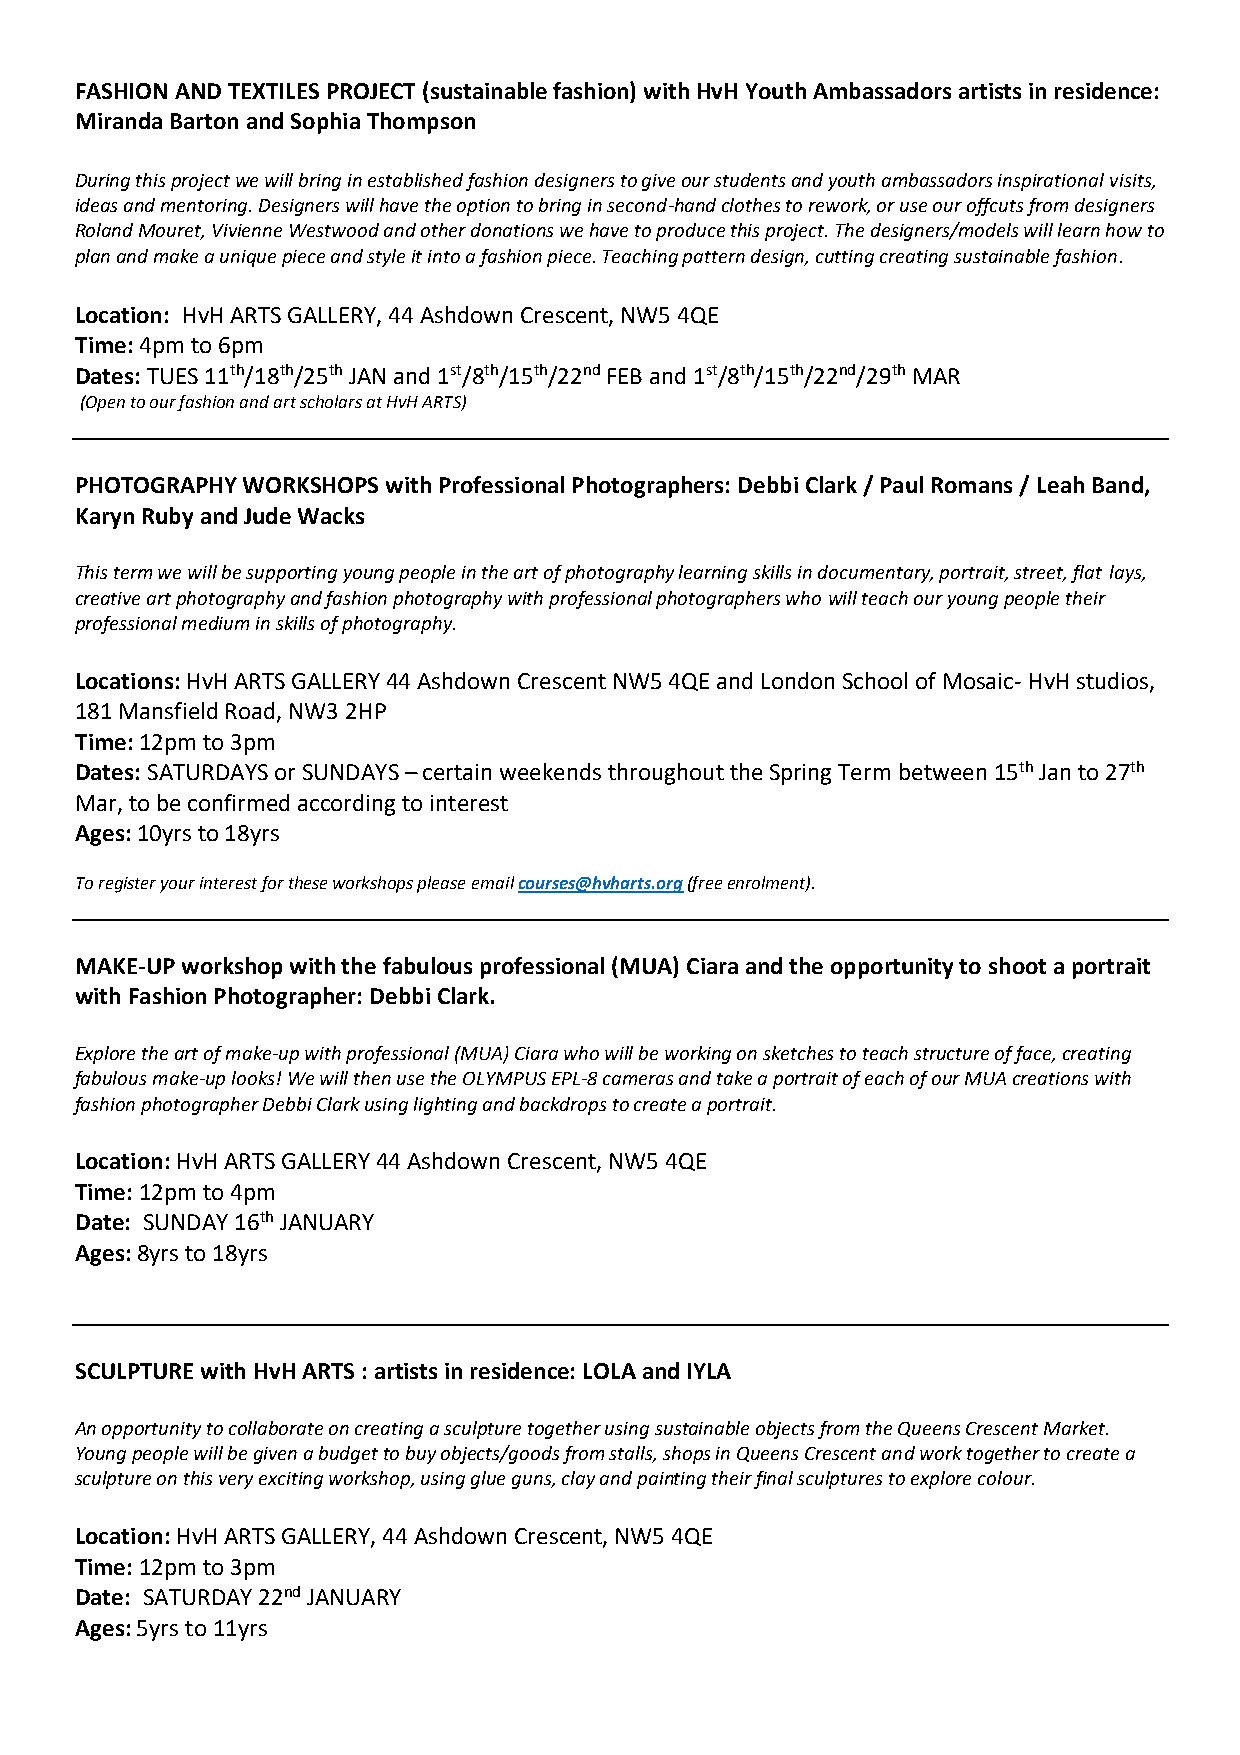
FASHION AND TEXTILES PROJECT (sustainable fashion) with HvH Youth Ambassadors artists in residence:
 Miranda Barton and Sophia Thompson
 During this project we will bring in established fashion designers to give our students and youth ambassadors inspirational visits,
 ideas and mentoring. Designers will have the option to bring in second-hand clothes to rework, or use our offcuts from designers
 Roland Mouret, Vivienne Westwood and other donations we have to produce this project. The designers/models will learn how to
 plan and make a unique piece and style it into a fashion piece. Teaching pattern design, cutting creating sustainable fashion.
 Location: HvH ARTS GALLERY, 44 Ashdown Crescent, NW5 4QE
 Time: 4pm to 6pm
 Dates: TUES 11th/18th/25th JAN and 1st/8th/15th/22nd FEB and 1st/8th/15th/22nd/29th MAR
 (Open to our fashion and art scholars at HvH ARTS)
 PHOTOGRAPHY WORKSHOPS with Professional Photographers: Debbi Clark / Paul Romans / Leah Band,
 Karyn Ruby and Jude Wacks
 This term we will be supporting young people in the art of photography learning skills in documentary, portrait, street, flat lays,
 creative art photography and fashion photography with professional photographers who will teach our young people their
 professional medium in skills of photography.
 Locations: HvH ARTS GALLERY 44 Ashdown Crescent NW5 4QE and London School of Mosaic- HvH studios,
 181 Mansfield Road, NW3 2HP
 Time: 12pm to 3pm
 Dates: SATURDAYS or SUNDAYS – certain weekends throughout the Spring Term between 15th Jan to 27th
 Mar, to be confirmed according to interest
 Ages: 10yrs to 18yrs
 To register your interest for these workshops please email courses@hvharts.org (free enrolment).
 MAKE-UP workshop with the fabulous professional (MUA) Ciara and the opportunity to shoot a portrait
 with Fashion Photographer: Debbi Clark.
 Explore the art of make-up with professional (MUA) Ciara who will be working on sketches to teach structure of face, creating
 fabulous make-up looks! We will then use the OLYMPUS EPL-8 cameras and take a portrait of each of our MUA creations with
 fashion photographer Debbi Clark using lighting and backdrops to create a portrait.
 Location: HvH ARTS GALLERY 44 Ashdown Crescent, NW5 4QE
 Time: 12pm to 4pm
 Date: SUNDAY 16th JANUARY
 Ages: 8yrs to 18yrs
 SCULPTURE with HvH ARTS : artists in residence: LOLA and IYLA
 An opportunity to collaborate on creating a sculpture together using sustainable objects from the Queens Crescent Market.
 Young people will be given a budget to buy objects/goods from stalls, shops in Queens Crescent and work together to create a
 sculpture on this very exciting workshop, using glue guns, clay and painting their final sculptures to explore colour.
 Location: HvH ARTS GALLERY, 44 Ashdown Crescent, NW5 4QE
 Time: 12pm to 3pm
 Date: SATURDAY 22nd JANUARY
 Ages: 5yrs to 11yrs